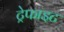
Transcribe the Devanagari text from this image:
ट्रेफाइट